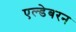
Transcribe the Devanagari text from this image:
एल्डेबरन